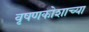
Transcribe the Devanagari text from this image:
वृषणकोशाच्या